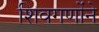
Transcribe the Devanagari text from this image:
शिवगणोंने